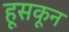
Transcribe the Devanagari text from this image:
हूसकून